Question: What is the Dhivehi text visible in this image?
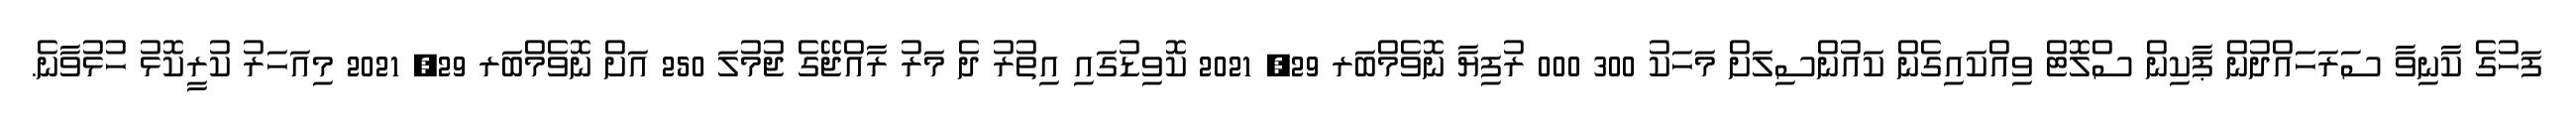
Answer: ފަހުގެ ކާނިވާ ސަރަހައްދުން ޕާކިން ސްލޮޓް ވިއްކައިގެން ކައުންސިލަށް މަހަކު 300 000 ރުފިޔާ ނޮވެމްބަރ 29, 2021 ކޮވިޑުގައި އިތުރު ދެ މަރު ރާއްޖޭގެ ޖުމުލަ 250 އަށް ނޮވެމްބަރ 29, 2021 މިއަހަރު ކުރީކޮޅު ހުޅުވާނެ.